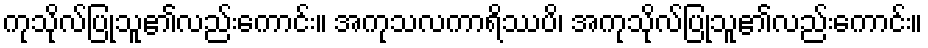
ကုသိုလ်ပြုသူ၏လည်းကောင်း။ အကုသလကာရိဿပိ၊ အကုသိုလ်ပြုသူ၏လည်းကောင်း။